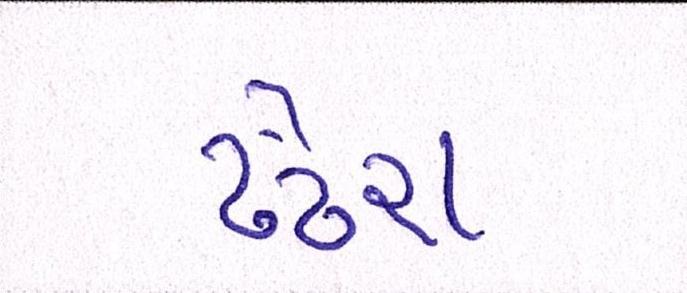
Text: ઢંઢેરા